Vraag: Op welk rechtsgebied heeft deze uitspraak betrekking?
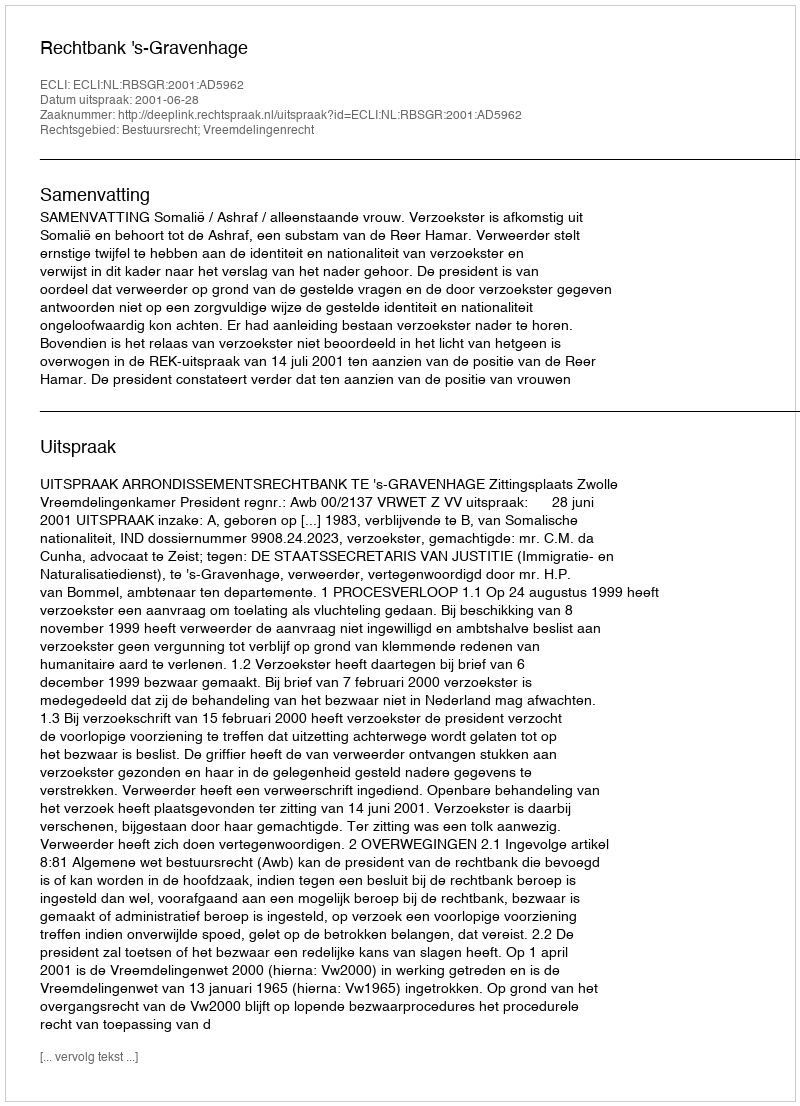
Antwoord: Bestuursrecht; Vreemdelingenrecht